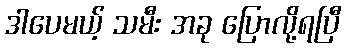
ဒါပေမယ့် သမီး အခု ပြောလို့ရပြီ